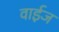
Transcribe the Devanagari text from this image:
वाईज